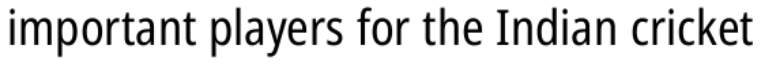
important players for the Indian cricket